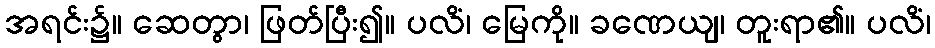
အရင်း၌။ ဆေတွာ၊ ဖြတ်ပြီး၍။ ပလိံ၊ မြေကို။ ခဏေယျ၊ တူးရာ၏။ ပလိံ၊